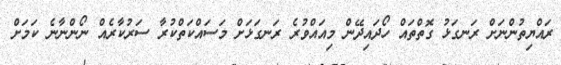
ރައްޔިތުންނަށް ރަނގަޅު ގޮތްތައް ހޯދައިދޭން މިއައްވުރެ ރަނގަޅަށް މަސައްކަތްކުރާ ސަރުކާރެއް ނޯންނާނެ ކަމަށް